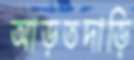
আড়তদাড়ি